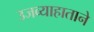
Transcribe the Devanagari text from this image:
उजव्याहाताने